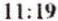
11:19